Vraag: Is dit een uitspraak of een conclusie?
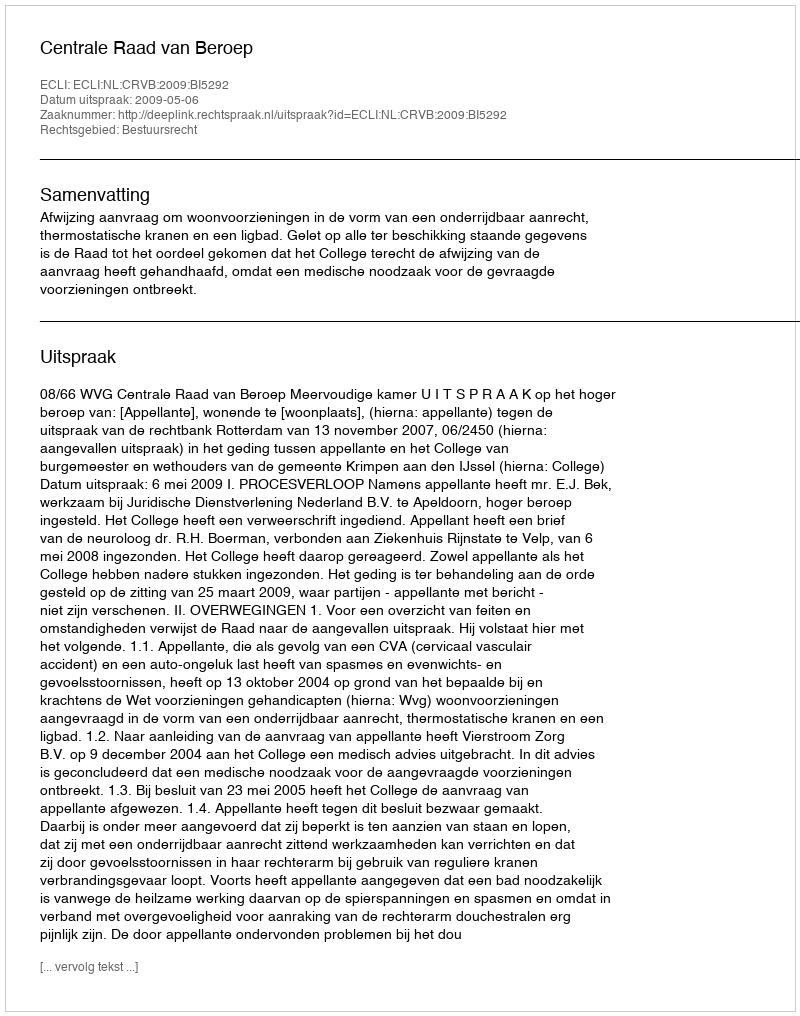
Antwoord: Uitspraak